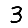
Digit: 3